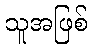
သူအဖြစ်